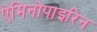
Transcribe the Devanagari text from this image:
ऐमिनोपाइरिन